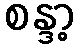
စန္ဒာ့